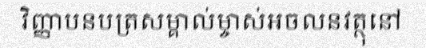
វិញ្ញាបនបត្រសម្គាល់ម្ចាស់អចលនវត្ថុនៅ